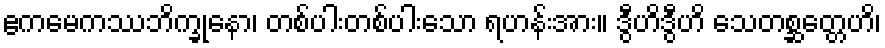
ဧကမေကဿဘိက္ခုနော၊ တစ်ပါးတစ်ပါးသော ရဟန်းအား။ ဒွီဟိဒွီဟိ သေတစ္ဆတ္တေဟိ၊